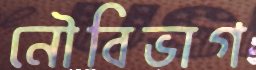
নৌবিভাগ